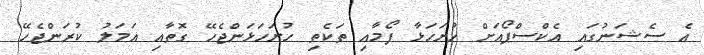
އެ ސެޝަނުގައި އެކްސްޕޯއަށް ހުށަހަޅާ ފޯމާއި ތަކެތި ހުށަހަޅަންޖެހޭ ގޮތާއި އަމަލު ކުރަންޖެހޭ